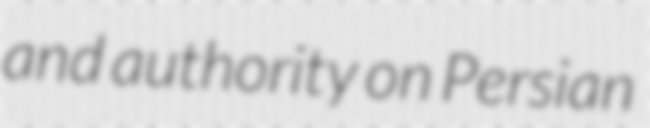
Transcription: and authority on Persian